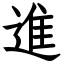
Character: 進